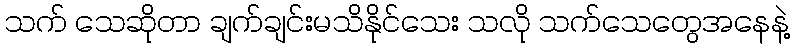
သက် သေဆိုတာ ချက်ချင်းမသိနိုင်သေး သလို သက်သေတွေအနေနဲ့